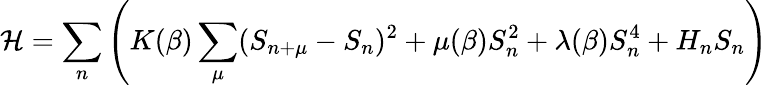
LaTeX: {\cal H}=\sum_{n}\left(K(\beta)\sum_{\mu}(S_{n+\mu}-S_{n})^{2}+\mu(\beta)S_{n}^{2}+\lambda(\beta)S_{n}^{4}+H_{n}S_{n}\right)